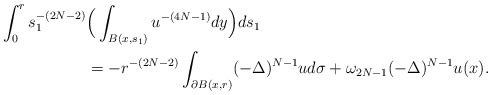
LaTeX: \begin{align*}\int_{0}^{r} s_1^{-(2N-2)} & \Big(\int_{B(x,s_1)} u^{-(4N-1)} dy \Big)ds_1 \\&= - r^{-(2N-2)} \int_{\partial B(x,r)} (-\Delta)^{N-1} u d\sigma + \omega_{2N-1} (-\Delta)^{N-1} u(x).\end{align*}